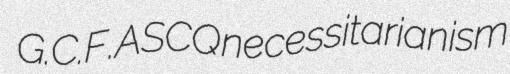
G.C.F. ASCQ necessitarianism